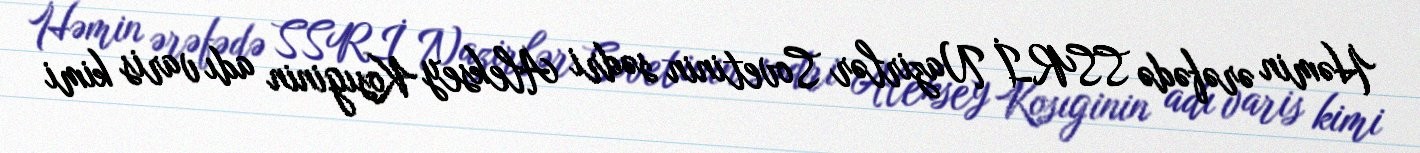
Həmin ərəfədə SSRİ Nazirlər Sovetinin sədri Aleksey Kosıginin adı varis kimi